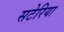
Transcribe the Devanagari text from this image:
सटेरिया